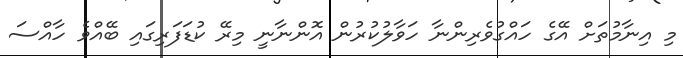
މި އިނާމުތަށް އޭގެ ހައްގުވެރިންނާ ހަވާލުކުރުން އޮންނާނީ މިރޭ ކުޑަފަރިގައި ބޭއްވެ ހާއްސަ